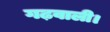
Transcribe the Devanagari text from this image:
गढ़वाली।